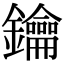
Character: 鑰